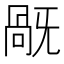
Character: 旤